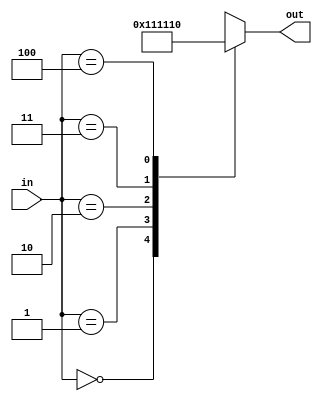
`timescale 1ns / 1ps
module binary_to_5_OHC(in,out);
    input [3:1]in;
    output reg [5:1]out;
    always @(*) begin
        case (in)
            3'o0:out = 5'b00001;
            3'o1:out = 5'b00010;
            3'o2:out = 5'b00100;
            3'o3:out = 5'b01000;
            3'o4:out = 5'b10000;
            default:out=5'bxxxxx;
        endcase
    end
endmodule